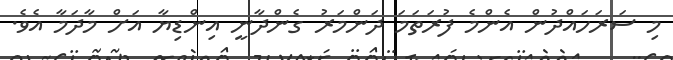
މި ސަރަހައްދުން އެންމެ ފުރަތަމަ ދަންމަރު ގެންދާނީ އިންޑިޔާ އަށް މާދަމާ އެވެ.